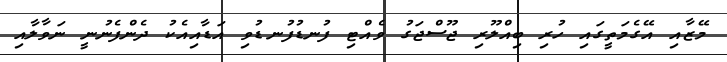
މޭޒާއި އޭގެމަތީގައި ހުރި ބިއްލޫރި ޖޫސްޖަގު ވެއްޓި ފުނޑުފުނޑުވި އަޑާއިއެކު ދެންފެނުނީ ނަވާލާއި